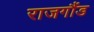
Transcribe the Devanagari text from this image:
राजगौंड